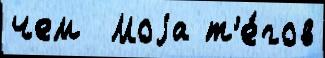
чем  Моjа т'е́гов